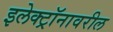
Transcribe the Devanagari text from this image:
इलेक्ट्रॉनावरील